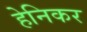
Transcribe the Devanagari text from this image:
हेनिकर